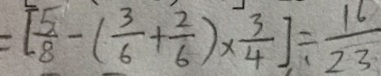
= [ \frac { 5 } { 8 } - ( \frac { 3 } { 6 } + \frac { 2 } { 6 } ) \times \frac { 3 } { 4 } ] \div \frac { 1 6 } { 2 3 }